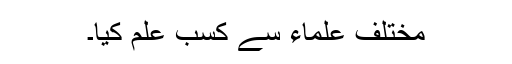
مختلف علماء سے کسب علم کیا۔